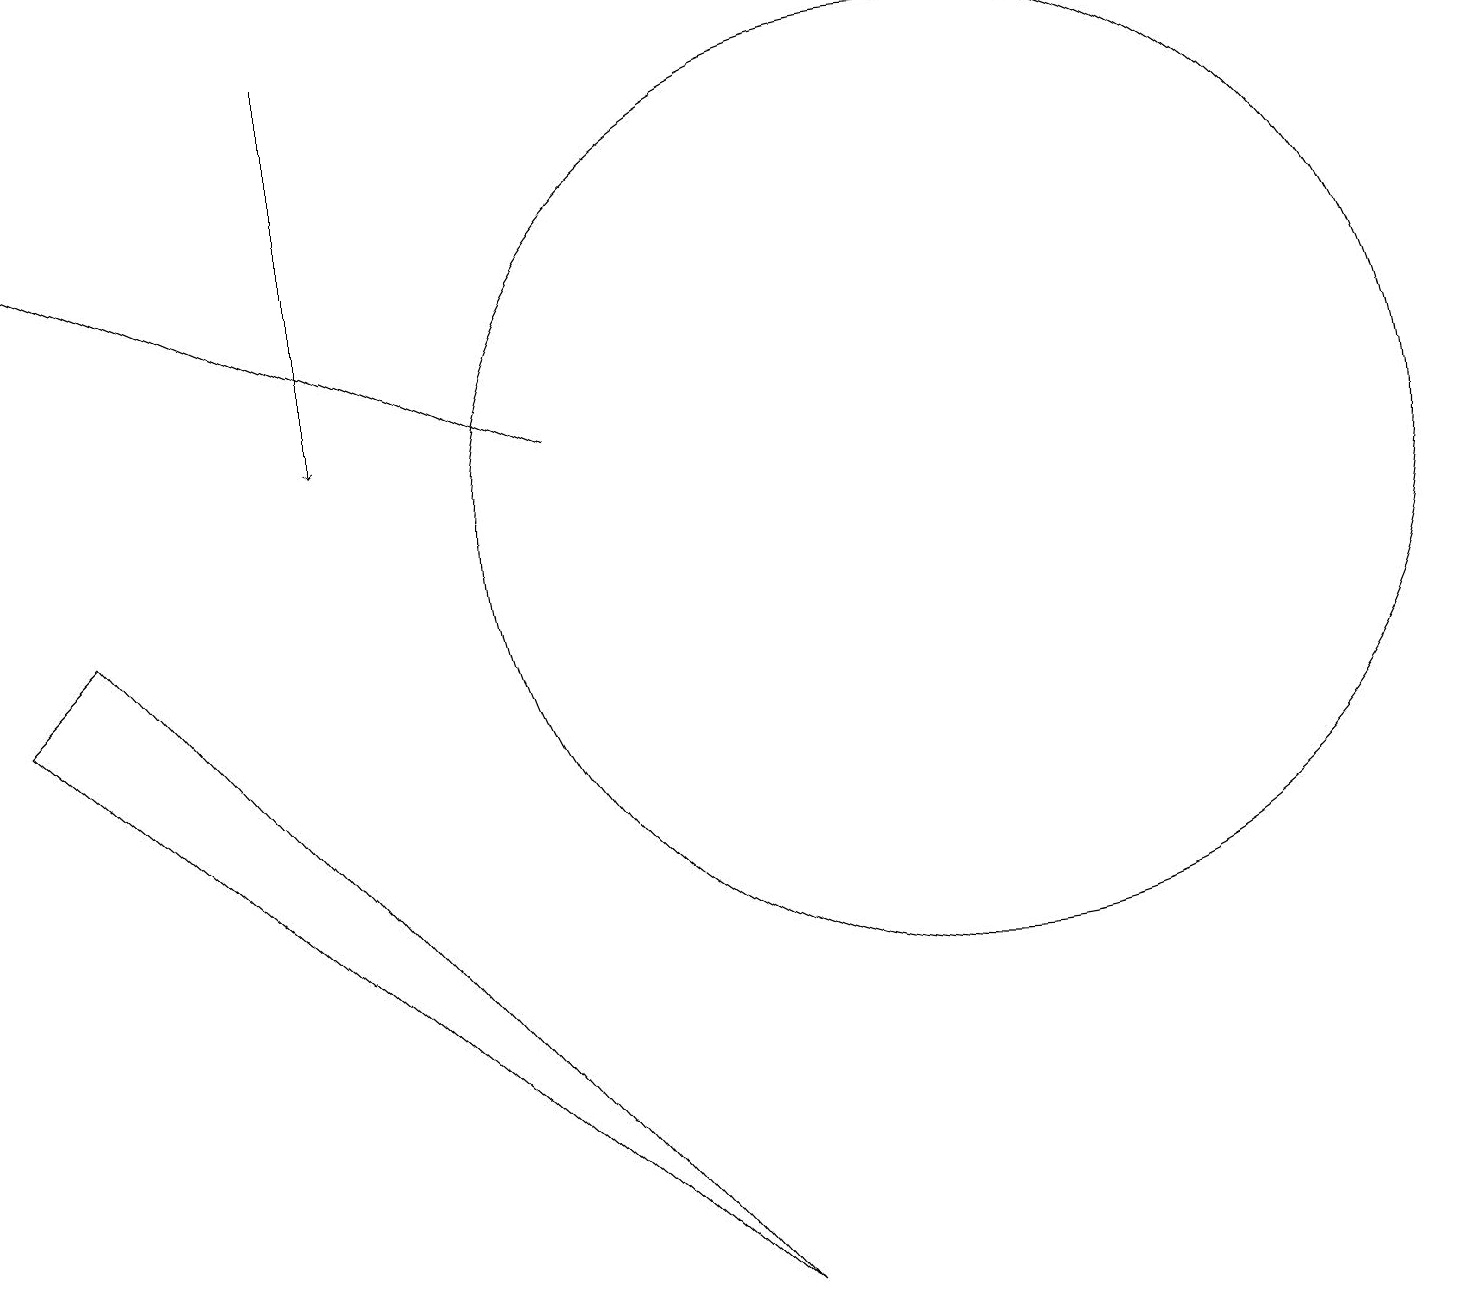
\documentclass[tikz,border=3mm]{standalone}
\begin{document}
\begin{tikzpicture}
\draw (12,10) circle (6);
\draw[->] (7,11) -- (0,14);
\draw (9,0) -- (1,9) -- (0,8) -- cycle;
\draw[->] (4,16) -- (4,11);
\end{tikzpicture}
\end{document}